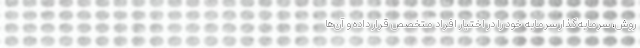
روش، سرمایه‌گذار سرمایه خود را در اختیار افراد متخصص قرار داده و آن‌ها